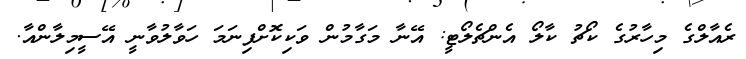
ރެއާލްގެ މިހާރުގެ ކޯޗު ކާލޯ އެންޗެލޯޓީ: އޭނާ މަގާމުން ވަކިކޮށްފިނަމަ ހަވާލުވާނީ އޭސީމިލާންއާ.